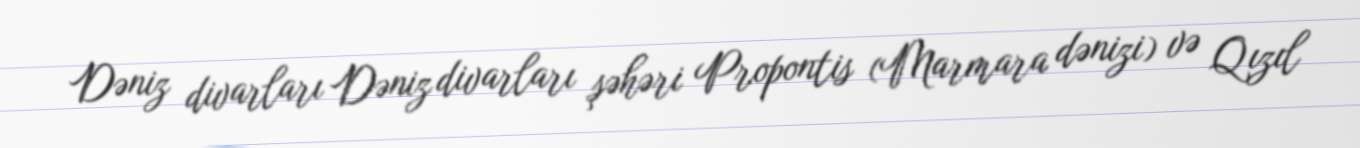
Dəniz divarları Dəniz divarları şəhəri Propontis (Marmara dənizi) və Qızıl